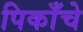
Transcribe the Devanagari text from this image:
पिकाँचे